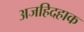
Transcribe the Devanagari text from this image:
अजहिदहाक